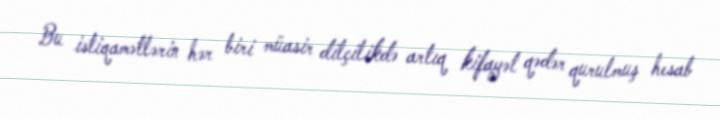
Bu istiqamətlərin hər biri müasir dilçilikdə artıq kifayət qədər qurulmuş hesab